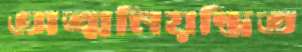
অত্মনিয়ন্ত্রিত